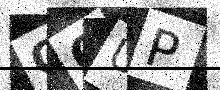
Text: QQUP